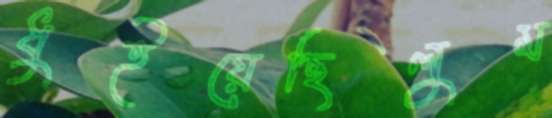
ধুইয়েছিলুম